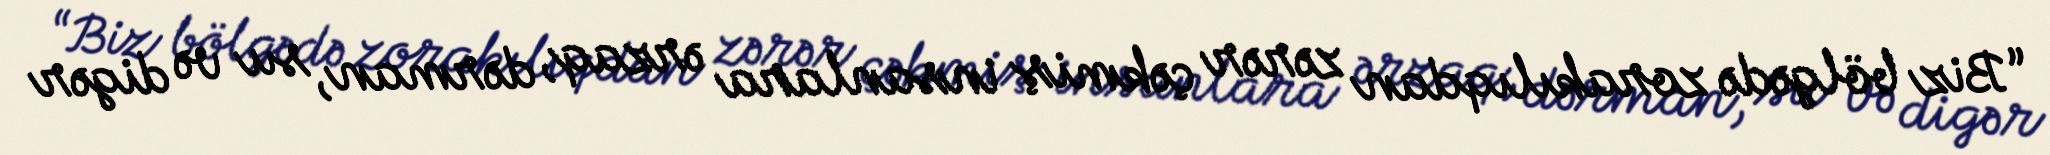
“Biz bölgədə zorakılıqdan zərər çəkmiş insanlara ərzaq, dərman, su və digər